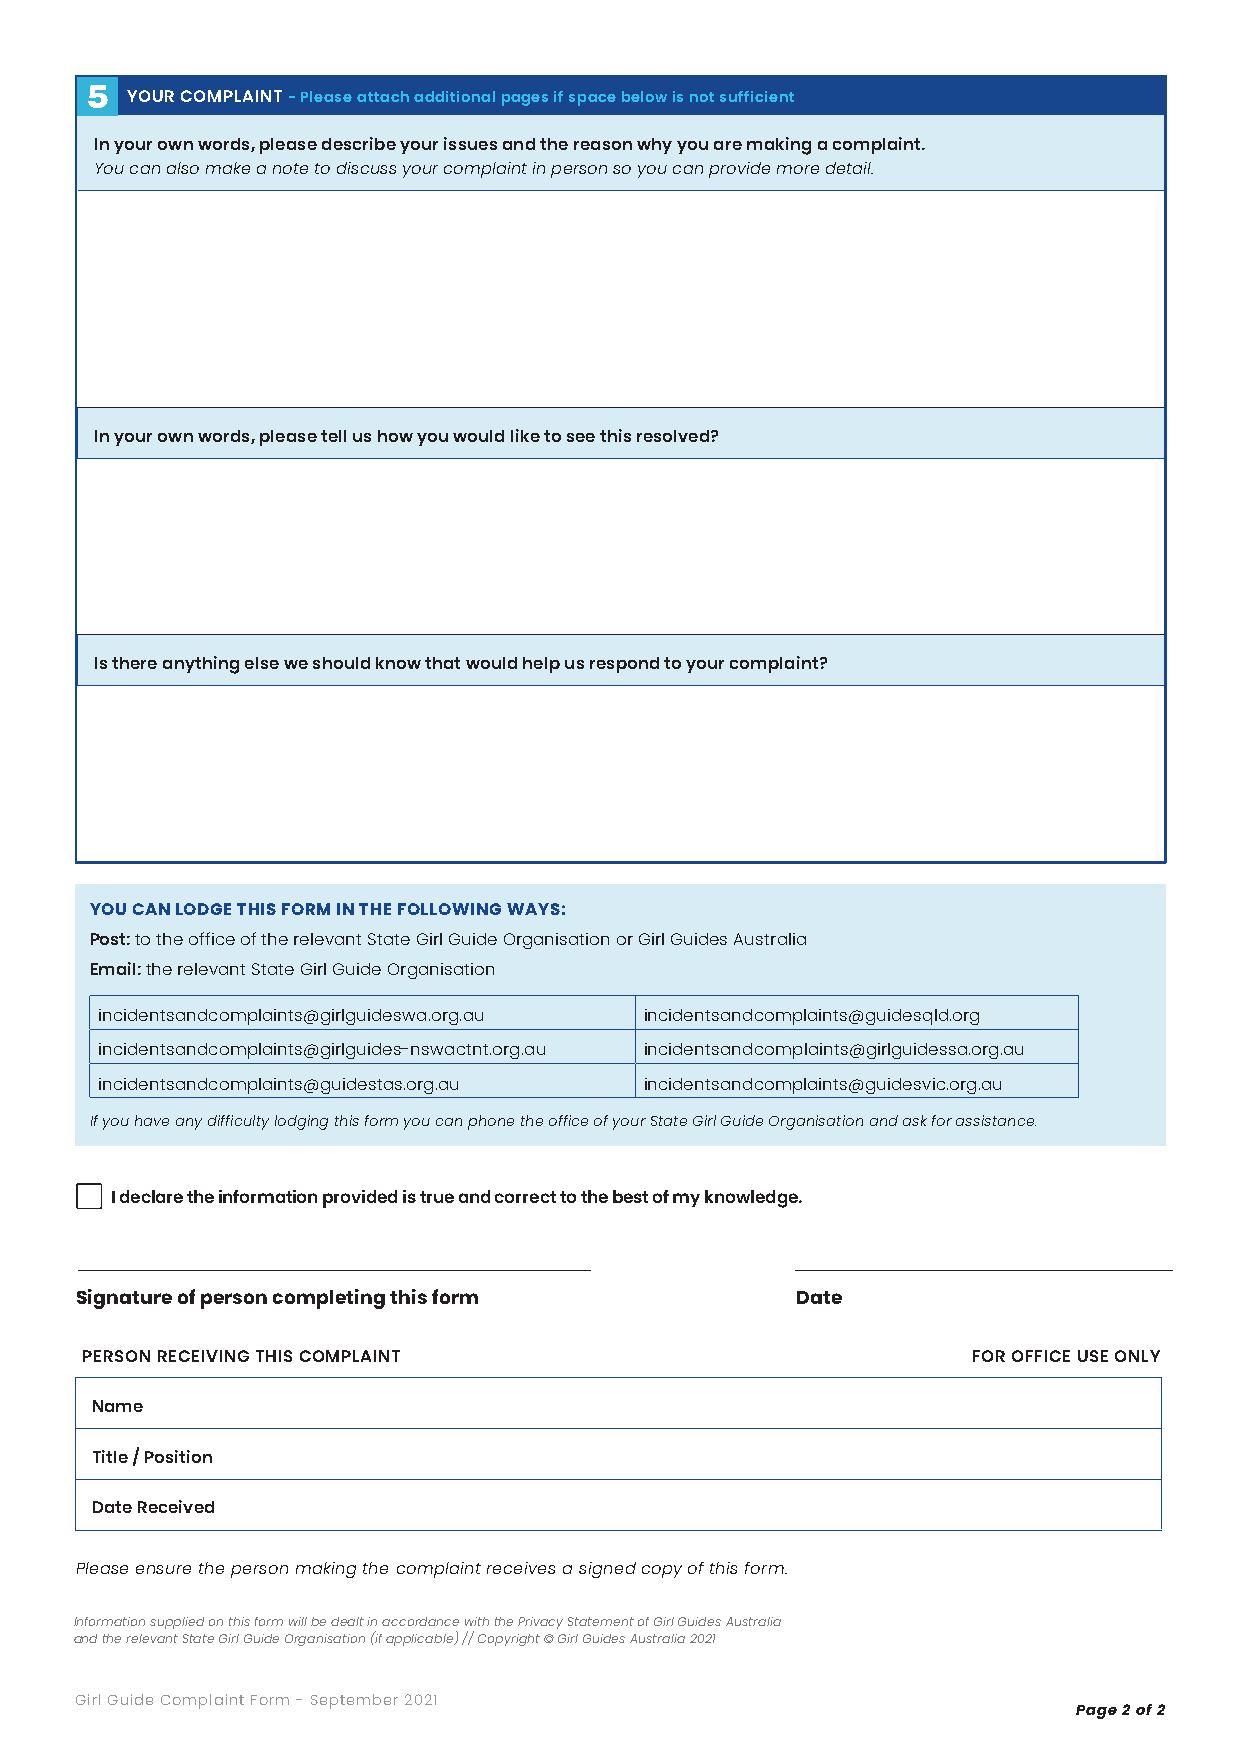
5
 YOUR COMPLAINT - Please attach additional pages if space below is not sufficient
 In your own words, please describe your issues and the reason why you are making a complaint.
 You can also make a note to discuss your complaint in person so you can provide more detail.
 In your own words, please tell us how you would like to see this resolved?
 Is there anything else we should know that would help us respond to your complaint?
 YOU CAN LODGE THIS FORM IN THE FOLLOWING WAYS:
 Post: to the office of the relevant State Girl Guide Organisation or Girl Guides Australia
 Email: the relevant State Girl Guide Organisation
 incidentsandcomplaints@girlguideswa.org.au incidentsandcomplaints@guidesqld.org
 incidentsandcomplaints@girlguides-nswactnt.org.au incidentsandcomplaints@girlguidessa.org.au
 incidentsandcomplaints@guidestas.org.au incidentsandcomplaints@guidesvic.org.au
 If you have any difficulty lodging this form you can phone the office of your State Girl Guide Organisation and ask for assistance.
 I declare the information provided is true and correct to the best of my knowledge.
 Signature of person completing this form        Date
 PERSON RECEIVING THIS COMPLAINT                           FOR OFFICE USE ONLY
 Name
 Title / Position
 Date Received
 Please ensure the person making the complaint receives a signed copy of this form.
 Information supplied on this form will be dealt in accordance with the Privacy Statement of Girl Guides Australia
 and the relevant State Girl Guide Organisation (if applicable) // Copyright © Girl Guides Australia 2021
 Girl Guide Complaint Form - September 2021
 Page 2 of 2